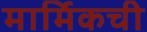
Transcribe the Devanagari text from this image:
मार्मिकची